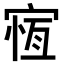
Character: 𡩃